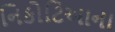
નિકોટિઆના